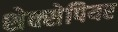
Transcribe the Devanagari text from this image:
शेक्सेपियर